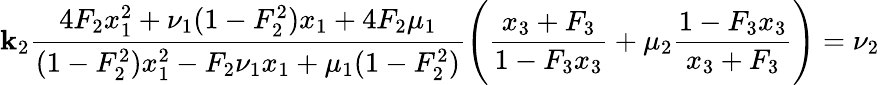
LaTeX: \mathbf{k}_{2}\frac{{4F_{2}x_{1}^{2}+\nu_{1}(1-F_{2}^{2})x_{1}+4F_{2}\mu_{1}}}{{(1-F_{2}^{2})x_{1}^{2}-F_{2}\nu_{1}x_{1}+\mu_{1}(1-F_{2}^{2})}}\Bigg(\frac{{x_{3}+F_{3}}}{{1-F_{3}x_{3}}}+\mu_{2}\frac{{1-F_{3}x_{3}}}{{x_{3}+F_{3}}}\Bigg)=\nu_{2}